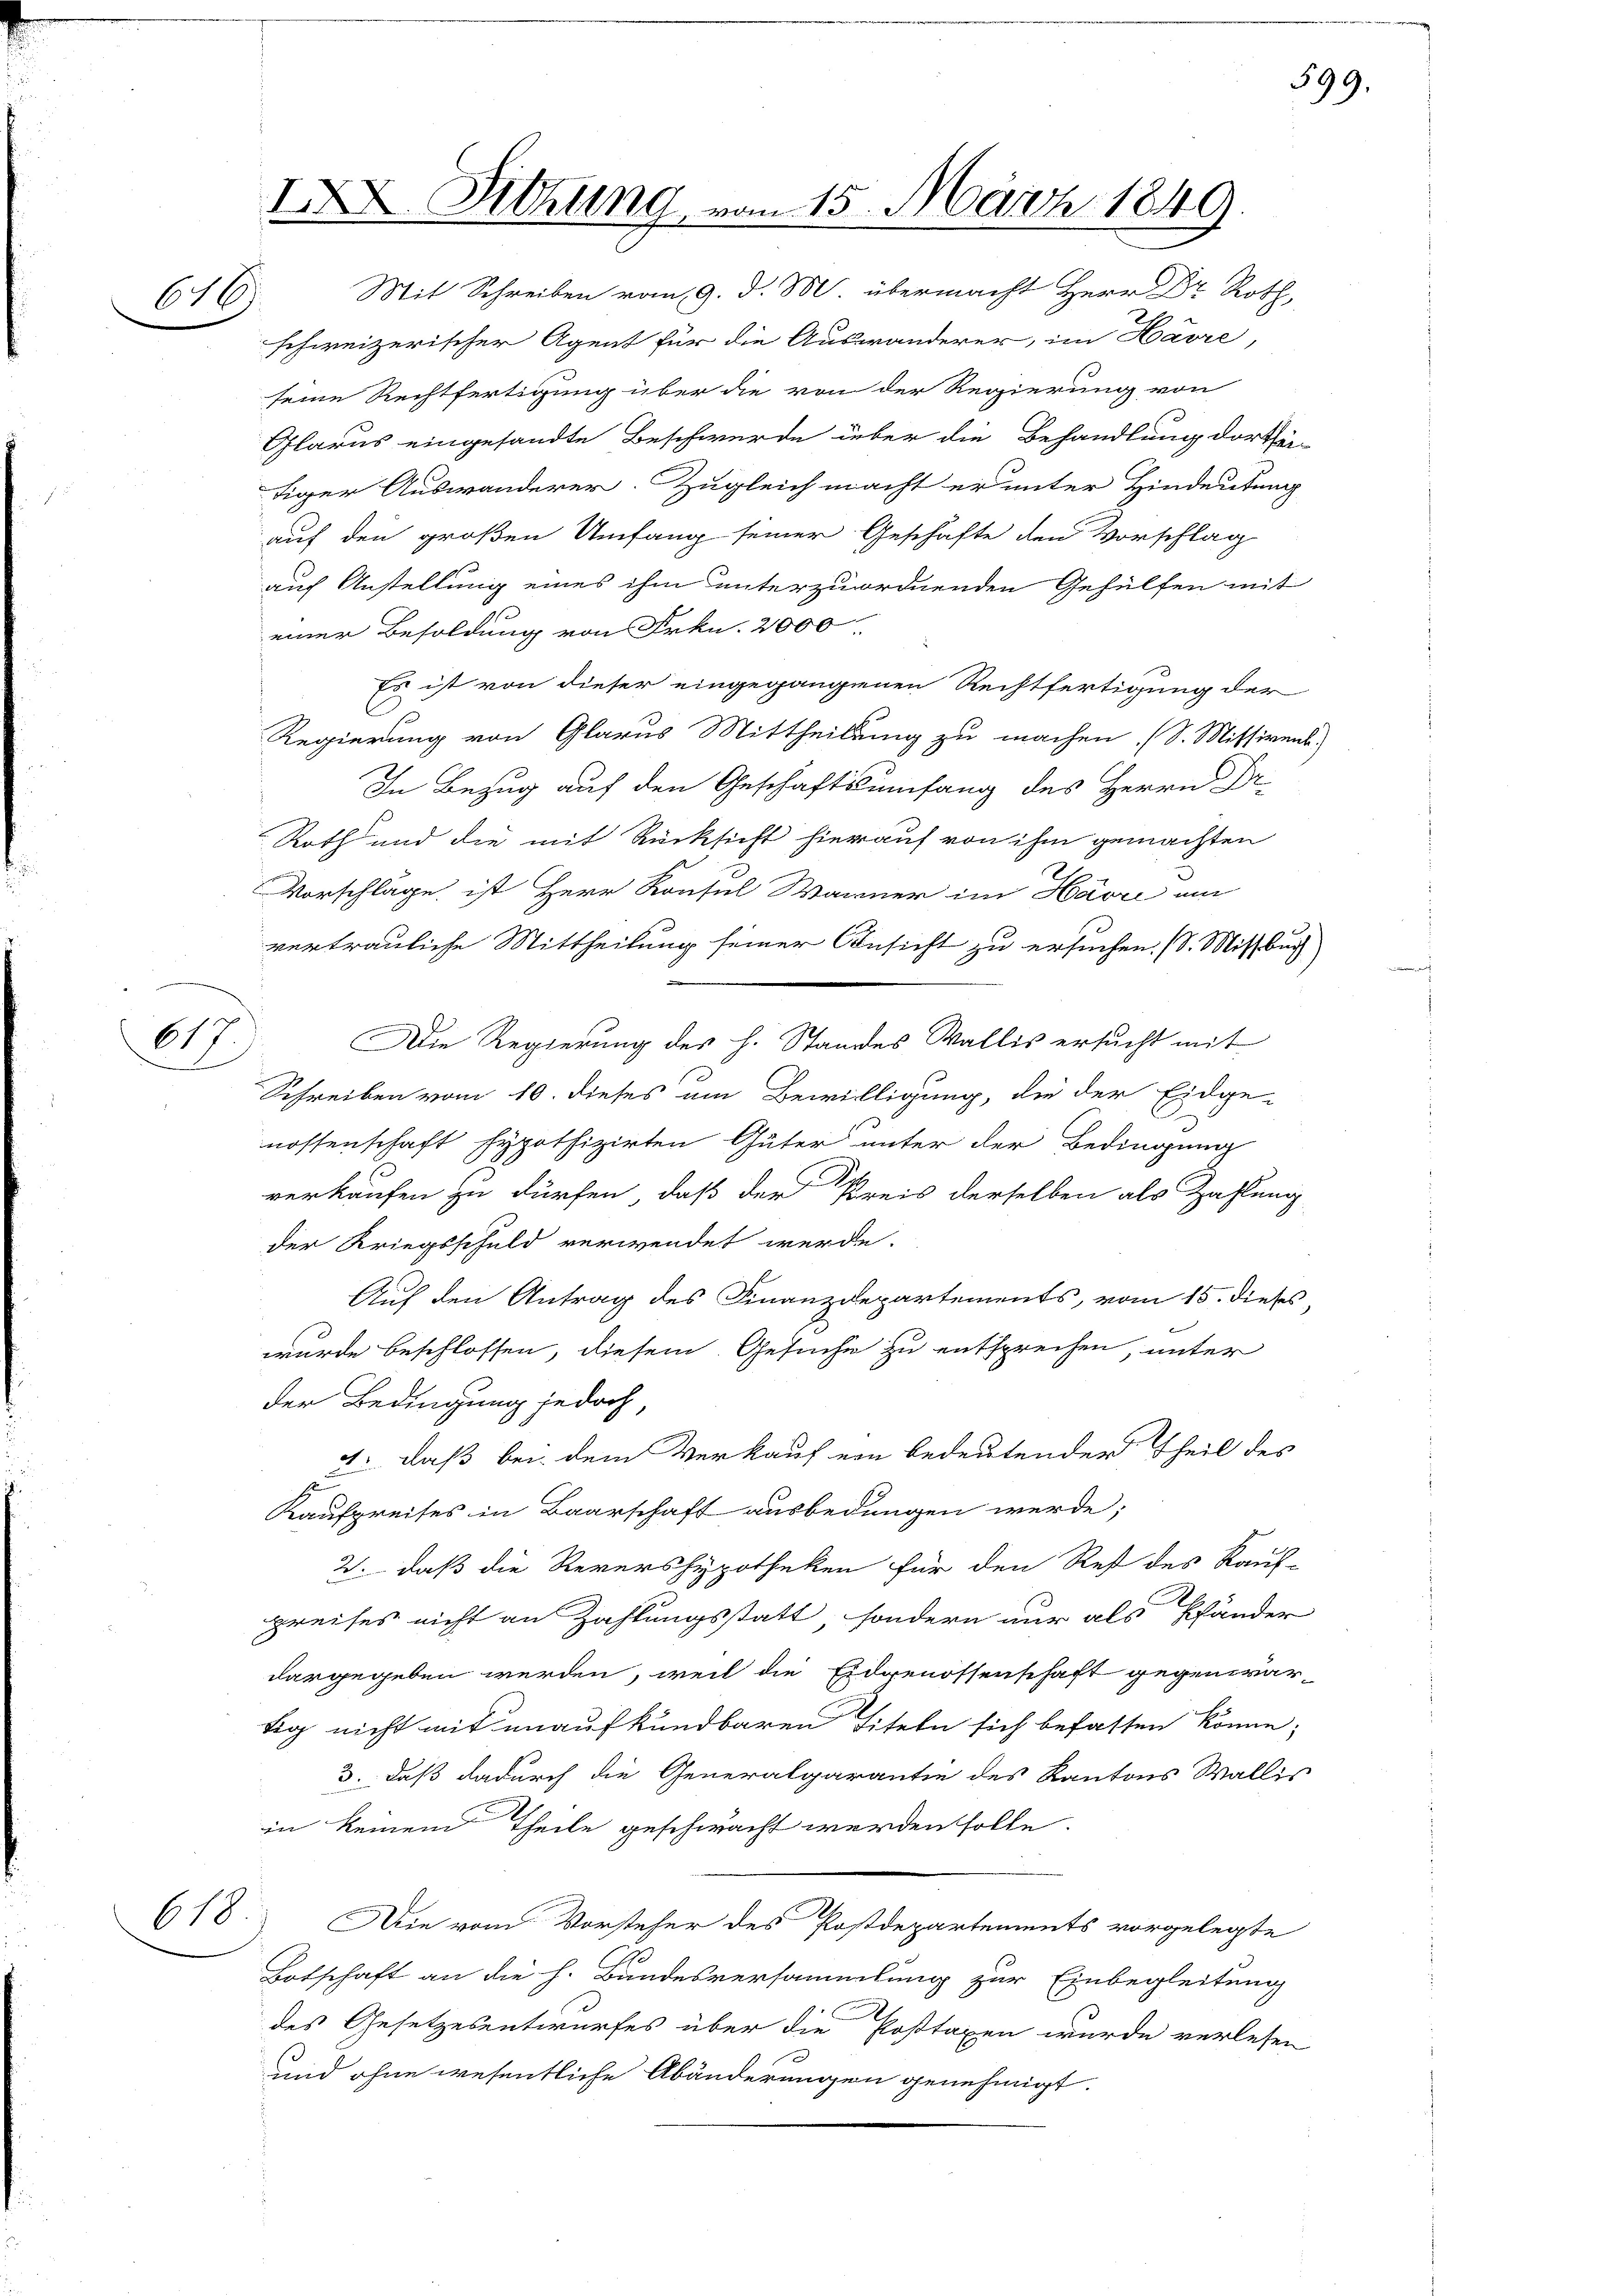
616.

617
d

IX. Sitzung vom 15. März 1849.
.

schweizerischer Agent für die Auswanderer, im Havre,
seine Rechtfertigung über die von der Regierung von
Glarus eingesandte Beschwerde über die Behandlung dorthei-
siger Auswanderer. Zugleich macht er unter Hindeutung
auf den großen Umfang seiner Geschäfte den Vorschlag
auf Anstellung eines ihm unterzuordnenden Gehülfen mit
einer Besoldung von Frkn. 2000
Es ist von dieser eingegangenen Rechtfertigung der
Regierung von Glarus Mittheilung zu machen (S. Missivent.
In Bezug auf den Geschäftsumfang des Herrn Dr.
Roth und die mit Rücksicht hierauf von ihm gemachten
Vorschläge ist Herr Konsul Warner im Havre um
vertrauliche Mittheilung seiner Ansicht zu ersuchen. (S. Missbuch
Die Regierung des h. Standes Wallis ersucht mit
Schreiben vom 10. dieses um Bewilligung, die der Eidge-
nossenschaft hypotfizirten Güter unter der Bedingung
D
verkaufen zu dürfen, daß der Kreis derselben als Zahlung
der Kriegsschuld verwendet werde.
Auf den Antrag des Finanzdepartements, vom 15. dieses
wurde beschlossen, diesem Gesuche zu entsprechen, unter
der Bedingung jedoch,
4. daß bei dem Verkauf von bedeutender Theil des
Kaufpreises in Baarschaft ausbedungen werde;
2. daß die Revershypotheken für den Rest des Kauf-
preises nicht an Zahlungsstatt, sondern nur als Pfänder
dargegeben werden, weil die Eidgenossenschaft gegenwärtig nicht mit unaufkündbaren Titeln sich befassen könne;
3. daß dadurch die Generalgarantie des Kantons Wallis
in keinem Theile geschwacht werden solle
618. Die vom Vorsteher des Postdepartements vorgelegte
Botschaft an die h. Bundesversammlung zur Einbegleitung
des Gesetzesentwurfes über die Posttaxen wurde verlesen
und ohne wesentliche Abänderungen genehmigt.

599.